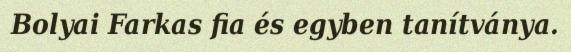
Bolyai Farkas fia és egyben tanítványa.